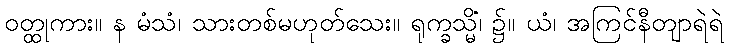
ဝတ္ထုကား။ န မံသံ၊ သားတစ်မဟုတ်သေး။ ရုက္ခသ္မိံ၊ ၌။ ယံ၊ အကြင်နီတျာရဲရဲ